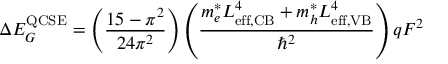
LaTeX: \Delta E _ { G } ^ { \mathrm { Q C S E } } = \left( { \frac { 1 5 - \pi ^ { 2 } } { 2 4 \pi ^ { 2 } } } \right) \left( { \frac { m _ { e } ^ { * } L _ { \mathrm { e f f , C B } } ^ { 4 } + m _ { h } ^ { * } L _ { \mathrm { e f f , V B } } ^ { 4 } } { \hbar ^ { 2 } } } \right) q F ^ { 2 }